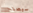
سيصلح